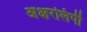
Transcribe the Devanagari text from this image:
अक्षरलिपी